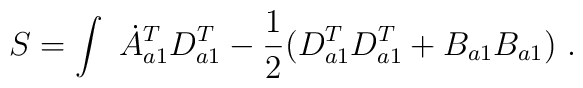
S = \int \ \dot{A}^T_{a1}D^T_{a1} - \frac{1}{2}(D^T_{a1}D^T_{a1} + B_{a1}B_{a1}) \ .